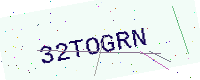
Text: 32TOGRN